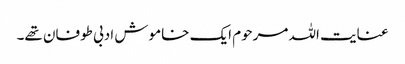
عنایت اللہ مرحوم ایک خاموش ادبی طوفان تھے۔